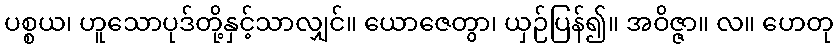
ပစ္စယ၊ ဟူသောပုဒ်တို့နှင့်သာလျှင်။ ယောဇေတွာ၊ ယှဉ်ပြန်၍။ အဝိဇ္ဇာ။ လ။ ဟေတု